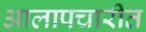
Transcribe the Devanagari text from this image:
आलापचारीत